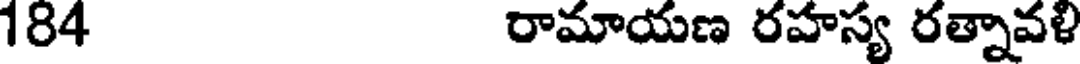
184 రామాయణ రహస్య రత్నావళి